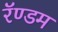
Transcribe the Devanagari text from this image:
रॅण्डम